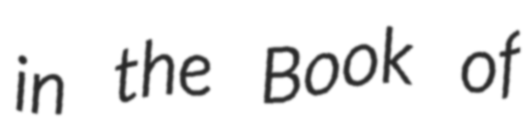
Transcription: in the Book of